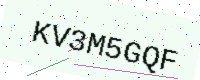
Text: KV3M5GQF